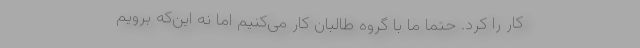
کار را کرد. حتماً ما با گروه طالبان کار می‌کنیم اما نه این‌که برویم